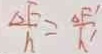
\frac { \Delta F } { h } = \frac { \Delta F ^ { \prime } } { h ^ { \prime } }